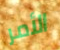
الأمر